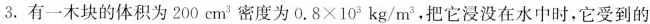
3.有一木块的体积为200cm^{3}密度为$$0 . 8 ×1 0 ^ { 3 } k g / m ^ { 3 }$$，把它浸没在水中时，它受到的